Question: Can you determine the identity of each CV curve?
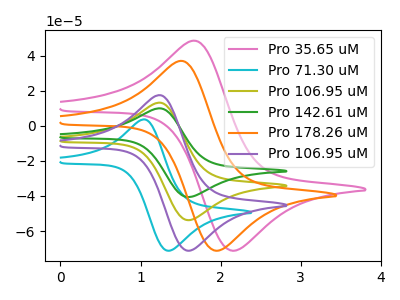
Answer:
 <answer>The pink curve is labeled "Pro 35.65 uM". The cyan curve is labeled "Pro 71.30 uM". The olive curve is labeled "Pro 106.95 uM". The green curve is labeled "Pro 142.61 uM". The orange curve is labeled "Pro 178.26 uM". The purple curve is labeled "Pro 106.95 uM".</answer>
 <eval></eval>